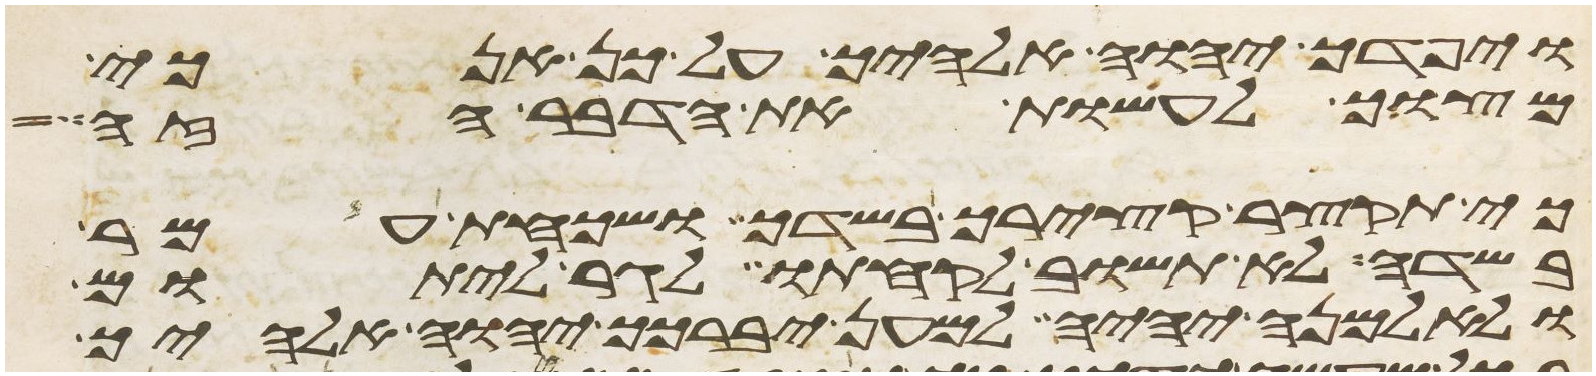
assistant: ויפדך יהוה אלהיך על כן אנכי
מצוך לעשות את הדבר הזה
כי תקצר קצירך בשדך ושכחת עמר
בשדה לא תשוב לקחתו לגר ליתום
ולאלמנה יהיה למען יברכך יהוה אלהיך